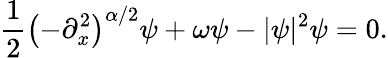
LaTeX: \frac{1}{2}\left(-\partial_{x}^{2}\right)^{\alpha/2}\psi+\omega\psi-|\psi|^{2}\psi=0.